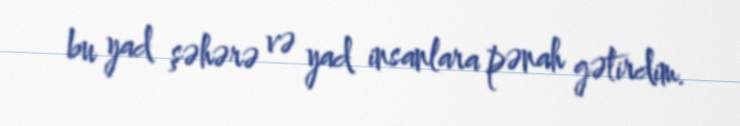
bu yad şəhərə və yad insanlara pənah gətirdim.